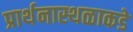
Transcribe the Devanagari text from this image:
प्रार्थनास्थळाकडे